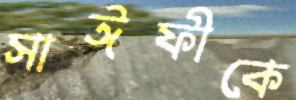
সাঈফীকে